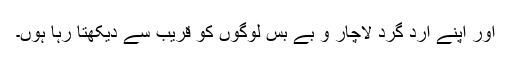
اور اپنے ارد گرد لاچار و بے بس لوگوں کو قریب سے دیکھتا رہا ہُوں۔